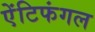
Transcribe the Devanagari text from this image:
ऐंटिफंगल